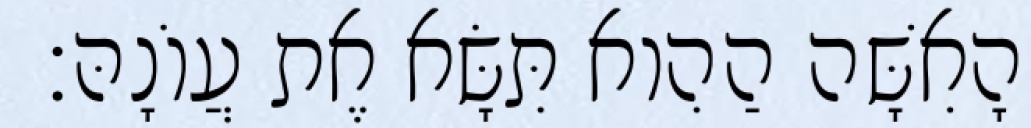
וְהָאִשָּׁה הַהִוא תִּשָּׂא אֶת עֲוֹנָהּ׃